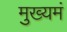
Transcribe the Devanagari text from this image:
मुख्यमं